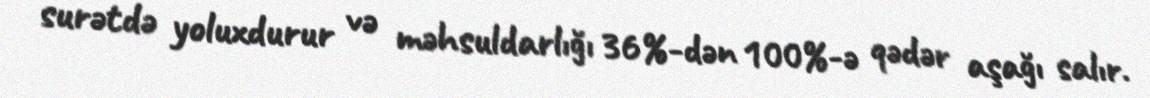
surətdə yoluxdurur və məhsuldarlığı 36%-dən 100%-ə qədər aşağı salır.